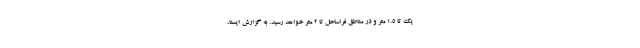
یک تا ۱.۵ متر و در مناطق فراساحل تا ۲ متر خواهد رسید. به گزارش ایسنا،